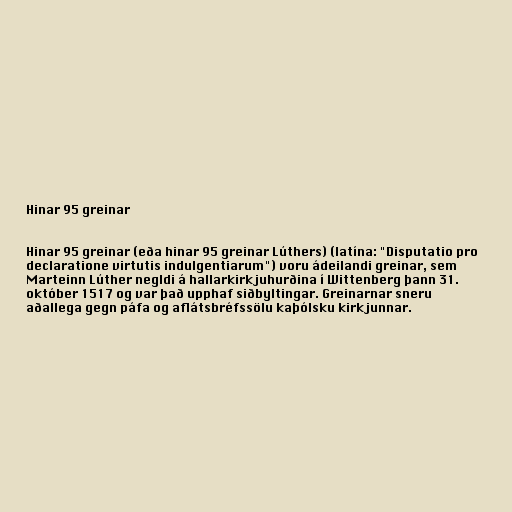
Hinar 95 greinar

Hinar 95 greinar (eða hinar 95 greinar Lúthers) (latína: "Disputatio pro
declaratione virtutis indulgentiarum") voru ádeilandi greinar, sem
Marteinn Lúther negldi á hallarkirkjuhurðina í Wittenberg þann 31.
október 1517 og var það upphaf siðbyltingar. Greinarnar sneru
aðallega gegn páfa og aflátsbréfssölu kaþólsku kirkjunnar.